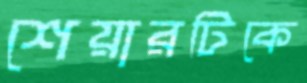
শেয়ারটিকে